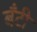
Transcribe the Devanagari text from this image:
बॅंटी